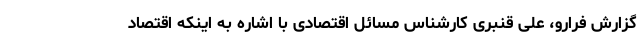
گزارش فرارو، علی قنبری کارشناس مسائل اقتصادی با اشاره به اینکه اقتصاد